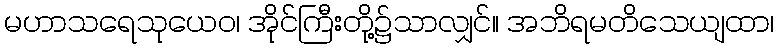
မဟာသရေသုယေဝ၊ အိုင်ကြီးတို့၌သာလျှင်။ အဘိရမတိသေယျထာ၊